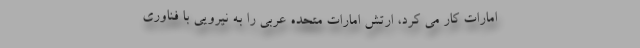
امارات کار می کرد، ارتش امارات متحده عربی را به نیرویی با فناوری